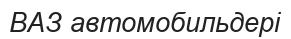
ВАЗ автомобильдері